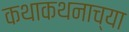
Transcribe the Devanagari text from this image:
कथाकथनाच्या